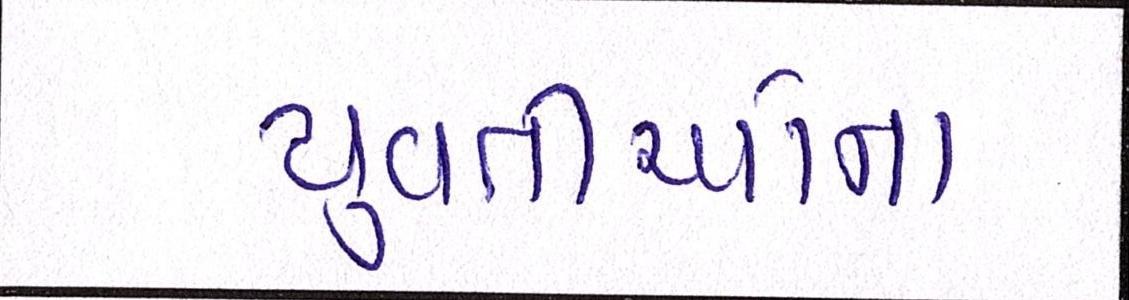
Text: યુવતીઓના